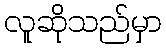
လူဆိုသည်မှာ